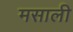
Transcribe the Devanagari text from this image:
मसाली